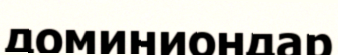
доминиондар